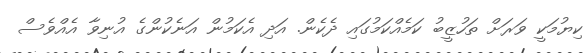
ކިޔުމަކީ ވަރަށް ތަހުޒީބު ކަމެއްކަމުގައި ދެކެން. އަދި އެކަމުން އަނެކުންގެ އުނިވާ އެއްވެސް